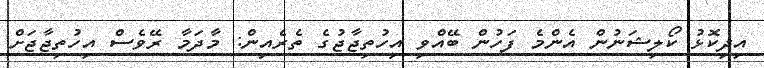
އިދިކޮޅު ކޯލިޝަނުން އެންމެ ފަހުން ބޭއްވި އިހުތިޖާޖުގެ ތެރެއިން: މާދަމާ ރޭވެސް އިހުތިޖާޖަށް